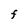
Character: f